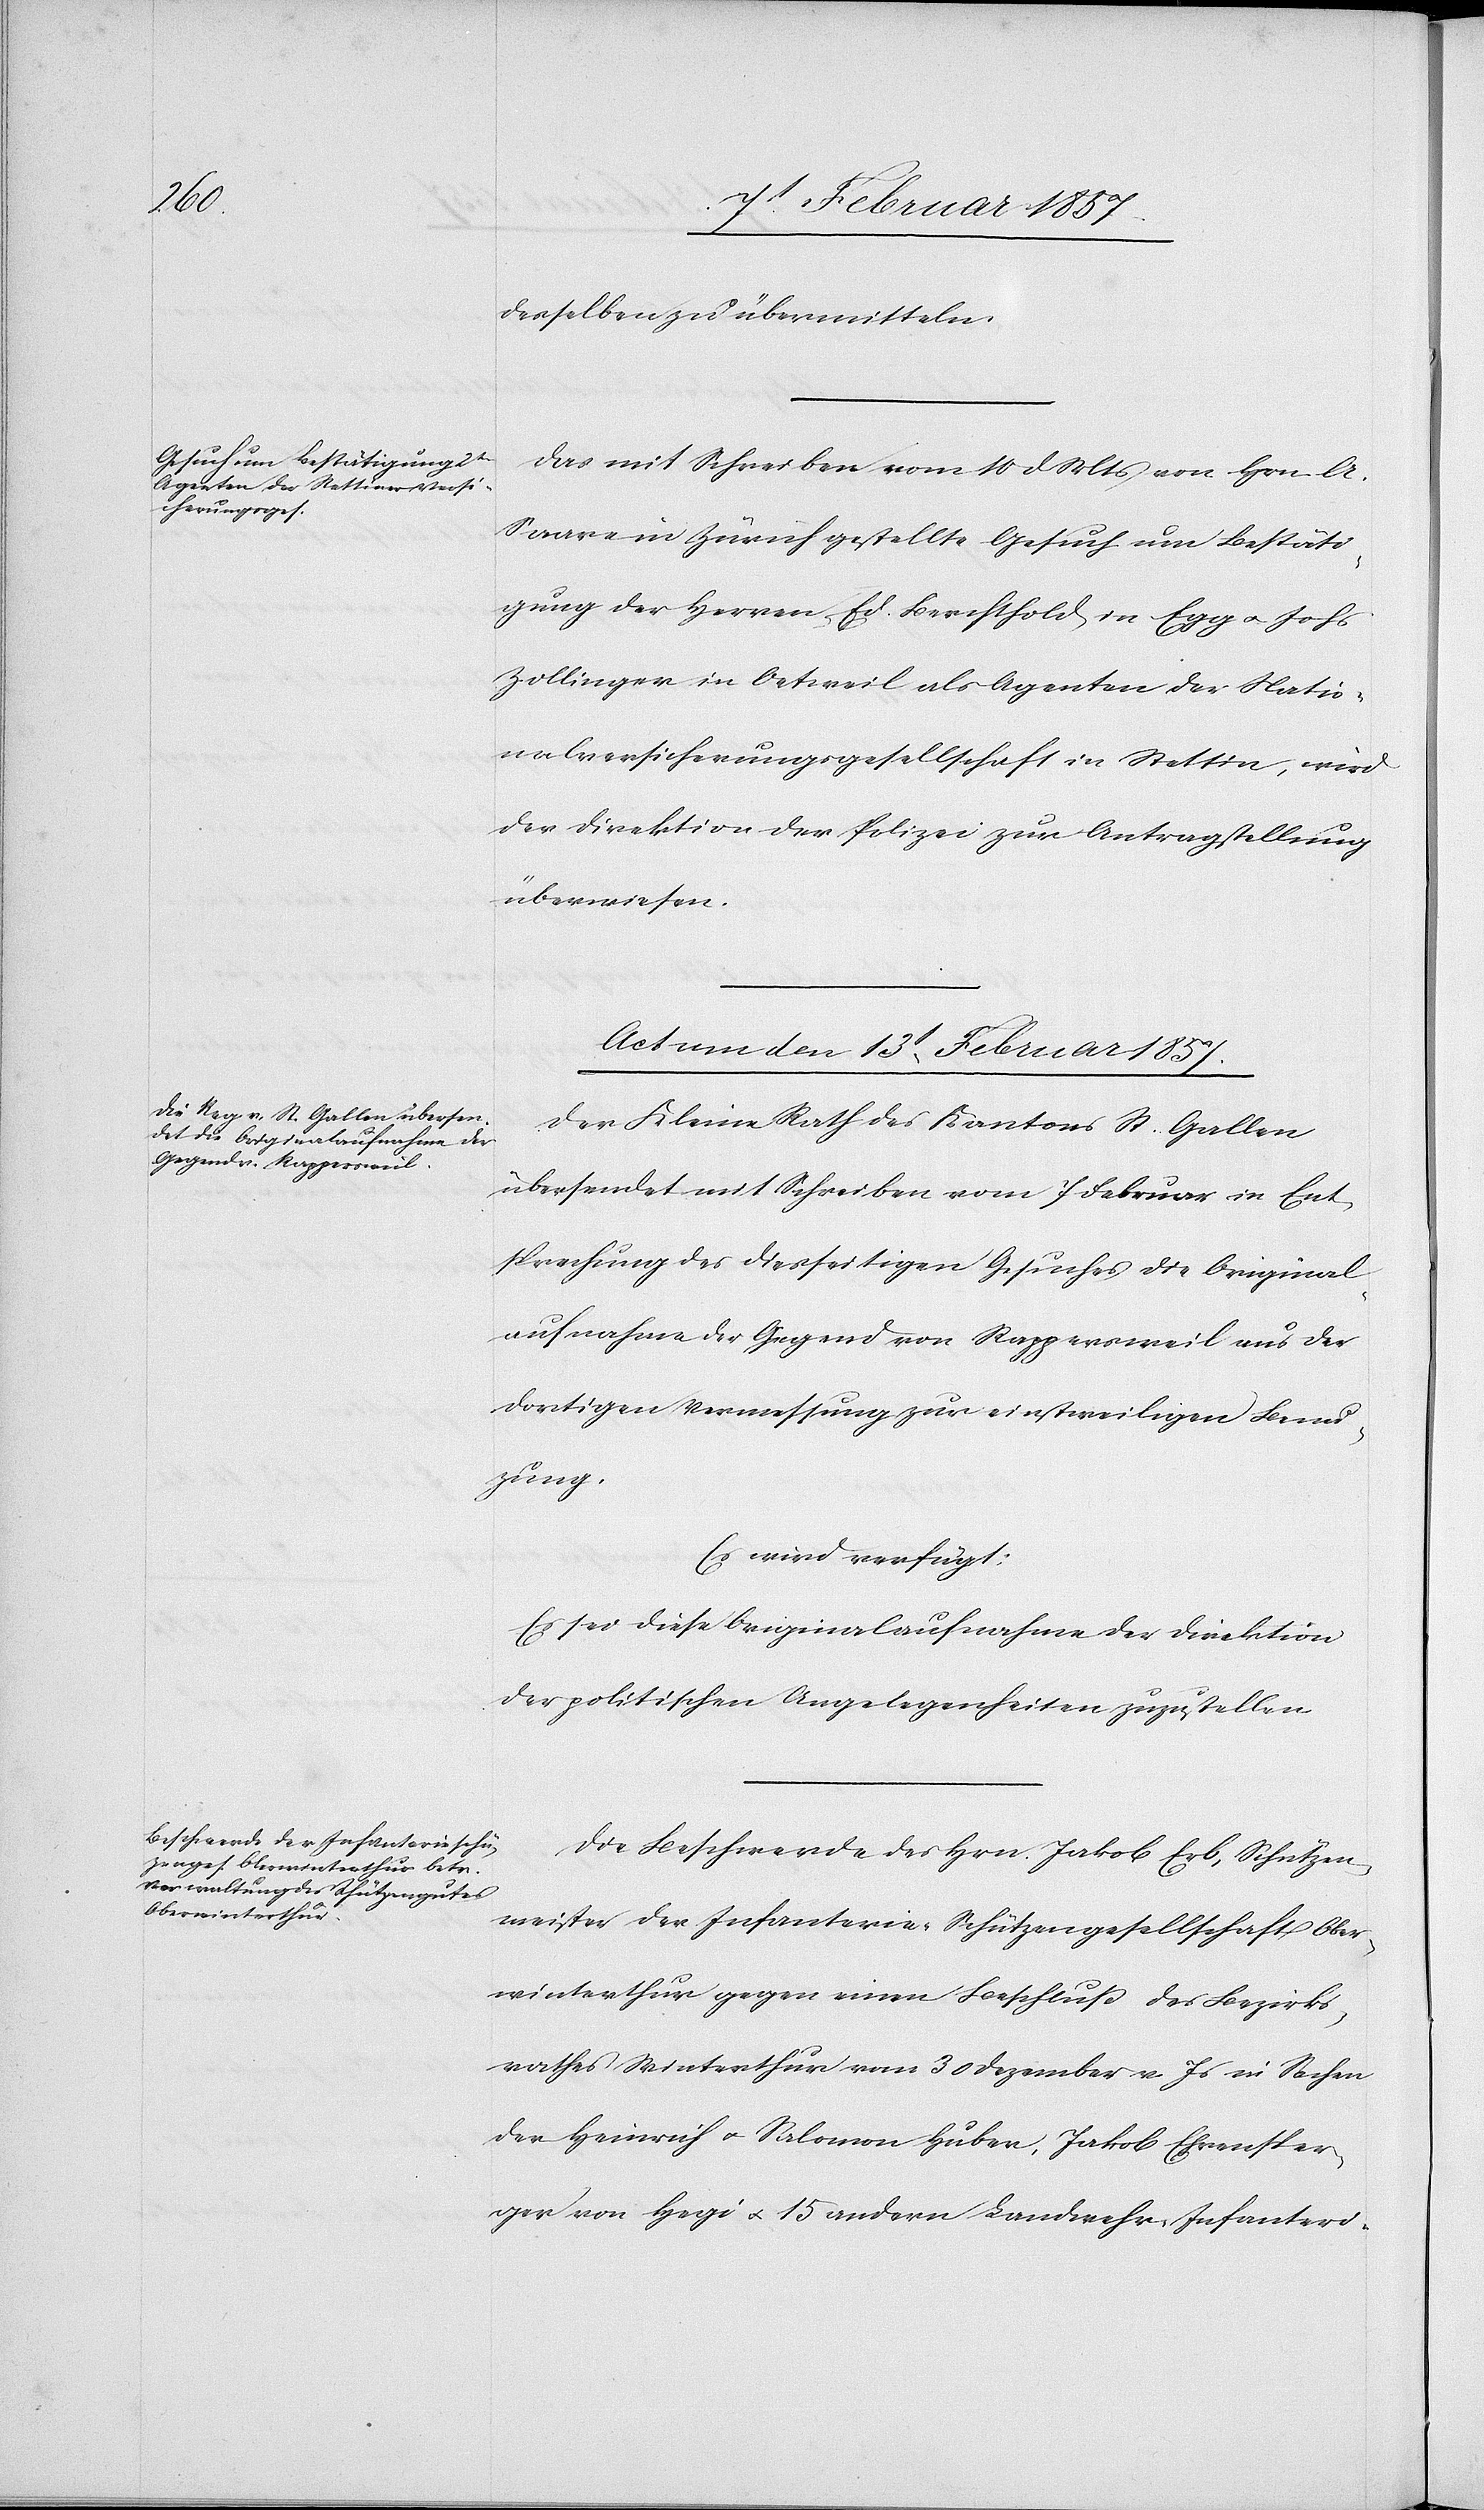
derselben zu übermitteln.
Das mit Schreiben vom 10 d. Mts von Hrn A.
Saare in Zürich gestellte Gesuch um Bestäti¬
gung der Herren Ed. Berchthold in Egg u. Johs
Zollinger in Oetweil als Agenten der Natio¬
nalversicherungsgesellschaft in Stettin, wird
der Direktion der Polizei zur Antragstellung
überwiesen.
Actum den13t Februar 1857.]
Der Kleine Rath des Kantons St. Gallen
übersendet mit Schreiben vom 7 Februar in Ent¬
sprechung des diesseitigen Gesuches die Original¬
aufnahme der Gegend von Rappersweil aus der
dortigen Vermessung zur einstweiligen Benu¬
zung.
Es wird verfügt:
Es sei diese Originalaufnahme der Direktion
der politischen Angelegenheiten zuzustellen.
Die Beschwerde des Hrn. Jakob Erb, Schützen¬
meister der Infanterie-Schützengesellschaft Ober¬
winterthur gegen einen Beschluß des Bezirks¬
rathes Winterthur vom 3 Dezember v. Js in Sachen
der Heinrich u. Salomon Huber, Jakob Ehrensper¬
ger von Hegi u. 15 andern Landwehr-Infanteri-